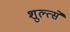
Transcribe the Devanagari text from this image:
शुल्त्से